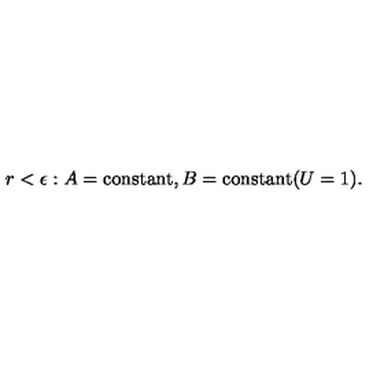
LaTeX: r < \epsilon : A = \mathrm { c o n s t a n t } , B = \mathrm { c o n s t a n t } ( U = 1 ) .